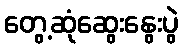
တွေ့ဆုံဆွေးနွေးပွဲ